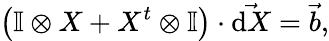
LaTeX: \left(\mathbb{I}\otimes X+X^{t}\otimes\mathbb{I}\right)\cdot\vec{\mathrm{d}X}=\vec{b},